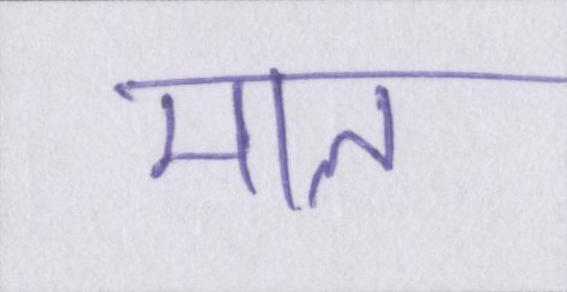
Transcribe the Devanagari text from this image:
माल